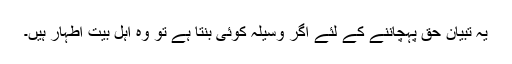
یہ تبیان حق پہچاننے کے لئے اگر وسیلہ کوئی بنتا ہے تو وہ اہل بیت اطہار ہیں۔